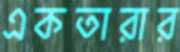
একতারার